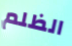
الظلم